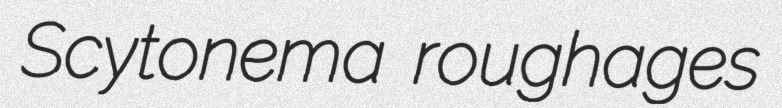
Scytonema roughages